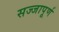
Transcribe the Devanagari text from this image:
सज्जापूर्ण